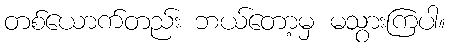
တစ်ယောက်တည်း ဘယ်တော့မှ မသွားကြပါ။